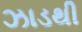
ઝાડથી